Eliaser,_Agnia_(Rutt)_ja_Elga, lk 47
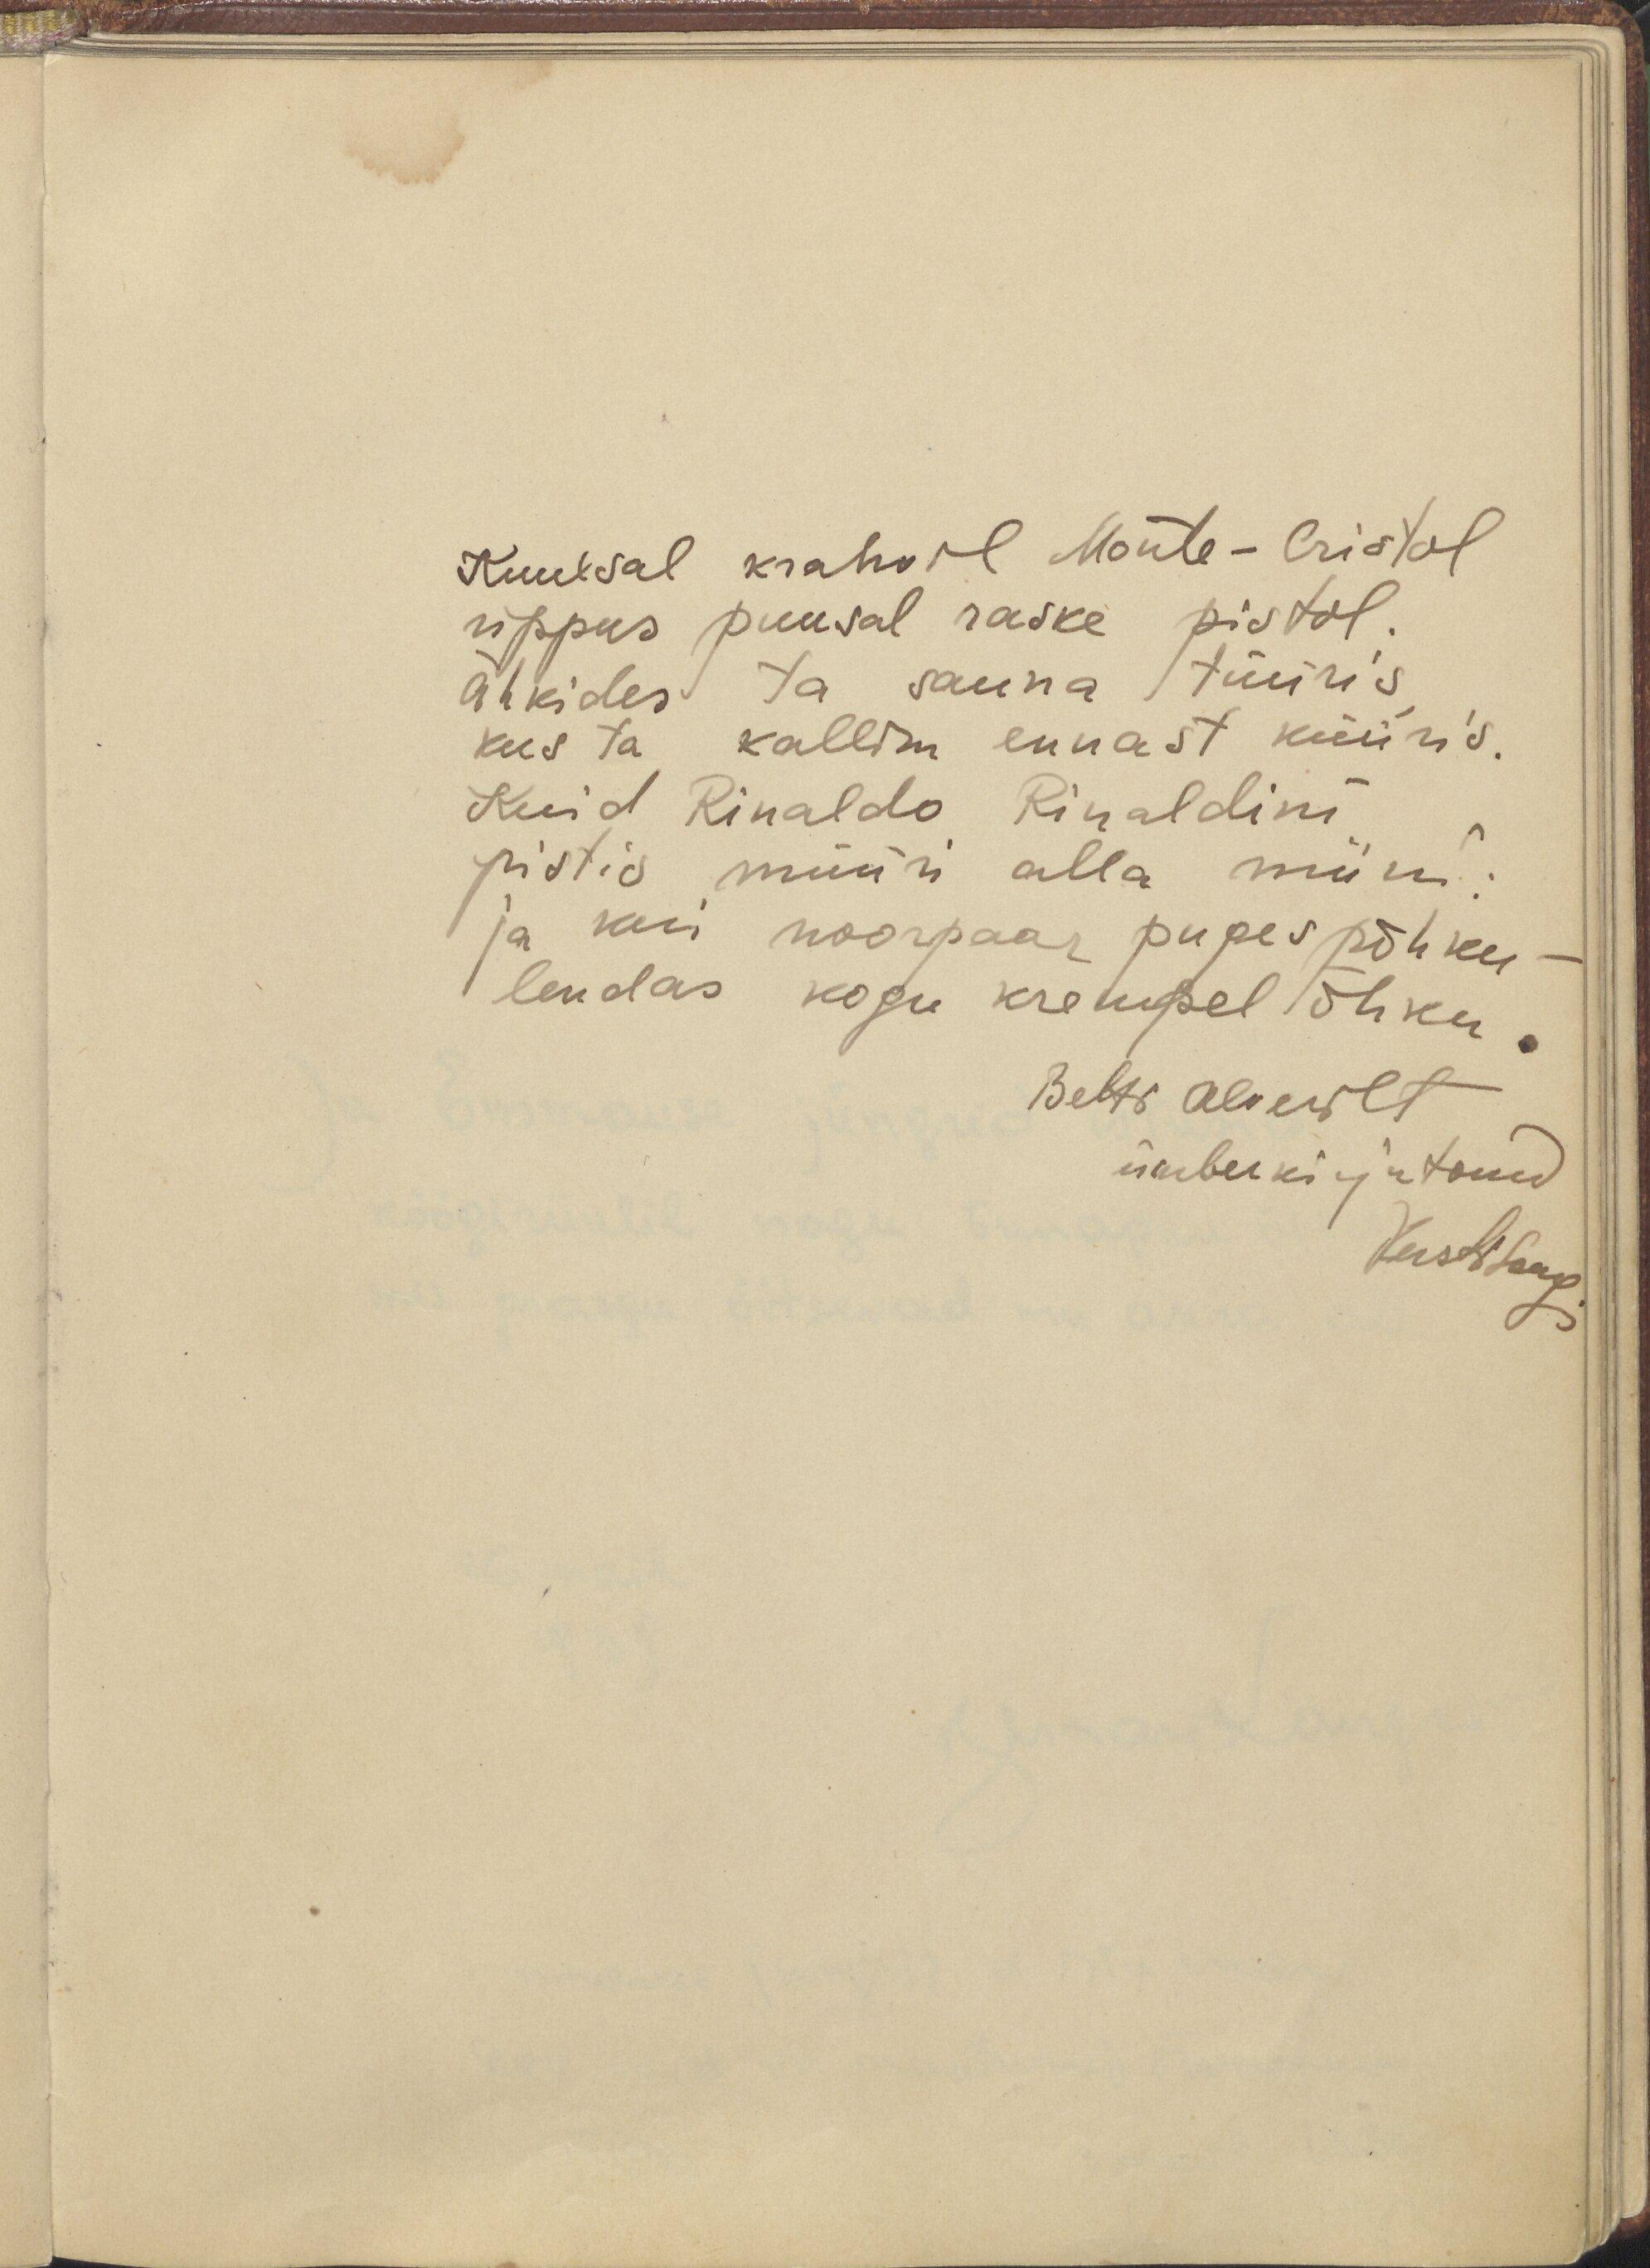
Kuulsal krahvil Monte-Cristol
rippus puusal raske pistol.
ähkides ta sauna tüüris
kus ta kallim ennast küüris.
Kuid Rinaldo Rinaldini
pistis müüri alla miini.
ja kui noorpaar puges põhku
lendas kogu krempel õhku
Betti Alverilt
ümber kirjutanud
Kusti Saag